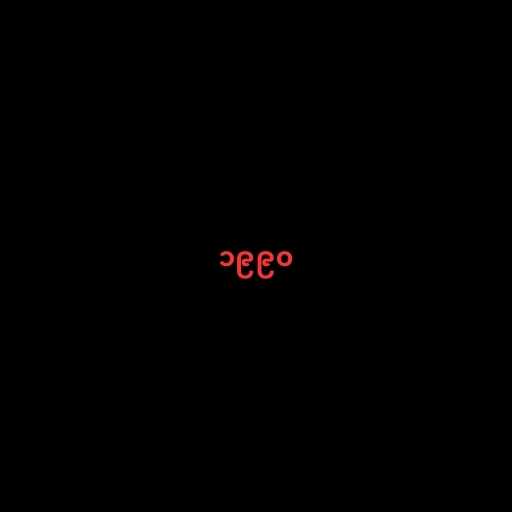
၁၉၉၀